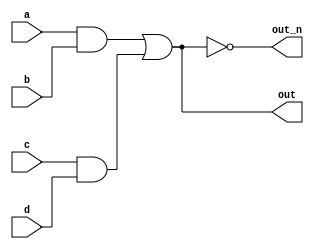
`default_nettype none
module top_module(
        input a,
        input b,
        input c,
        input d,
        output out,
        output out_n   );
    wire fio;
    assign fio = (a && b) || (c && d);
    assign out = fio;
    assign out_n = !fio;

endmodule